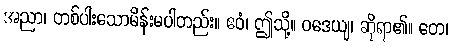
အညာ၊ တစ်ပါးသောမိန်းမပါတည်း။ ဧဝံ၊ ဤသို့။ ဝဒေယျ၊ ဆိုရာ၏။ တေ၊